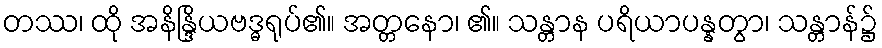
တဿ၊ ထို အနိန္ဒြိယဗဒ္ဓရုပ်၏။ အတ္တနော၊ ၏။ သန္တာန ပရိယာပန္နတွာ၊ သန္တာန်၌